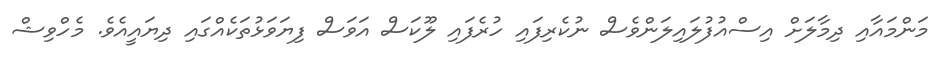
މަންމައާއި ދިމާލަށް އިސްއުފުލައިލަންވެސް ނުކެރިފައި ހުރެފައި ލޫކަސް އަވަސް ފިޔަވަޅުތަކެއްގައި ދިޔައީއެވެ. މެހްވިޝް